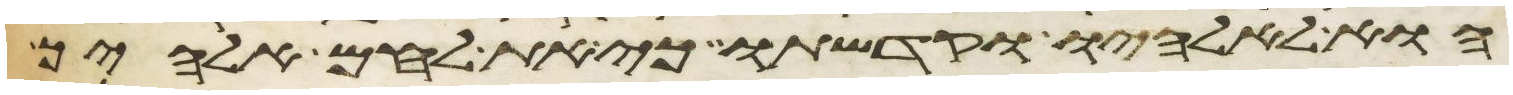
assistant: הוא לאלהיו וקדשתו כי את לחם אלהיך